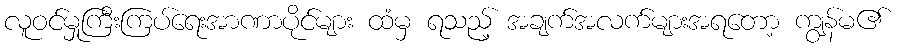
လူဝင်မှုကြီးကြပ်ရေးအာဏာပိုင်များ ထံမှ ရသည့် အချက်အလက်များအရတော့ ကျွန်မ၏